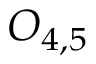
O _ { 4 , 5 }